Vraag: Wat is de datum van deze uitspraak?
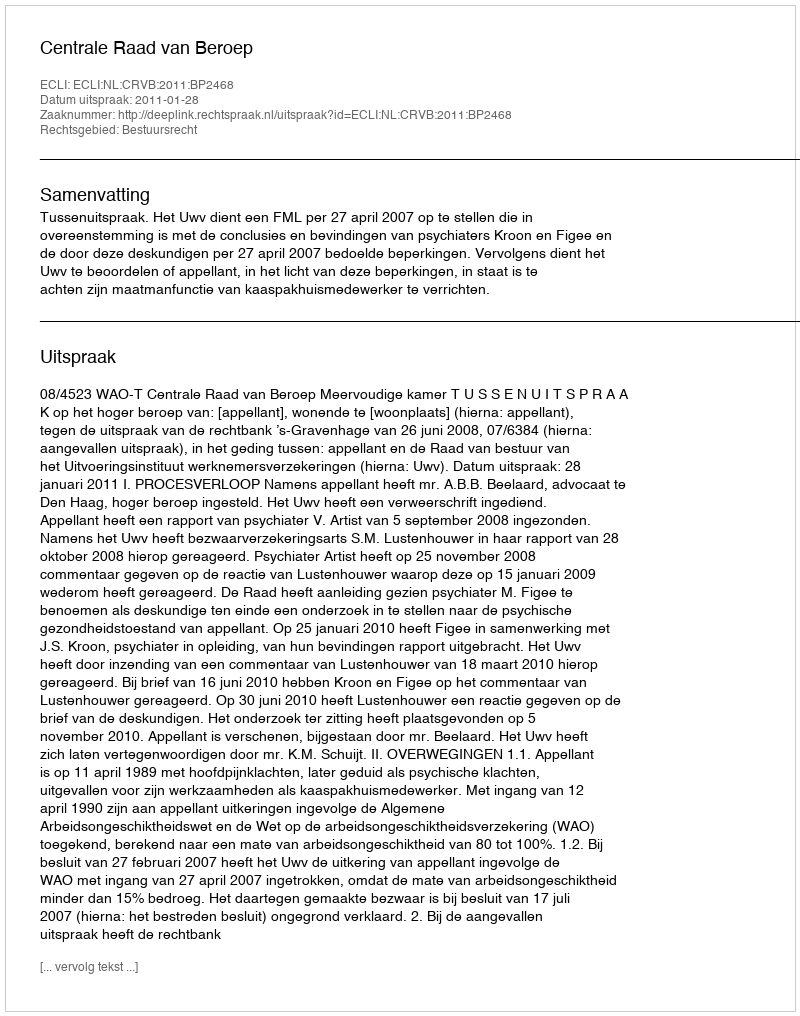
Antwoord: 2011-01-28